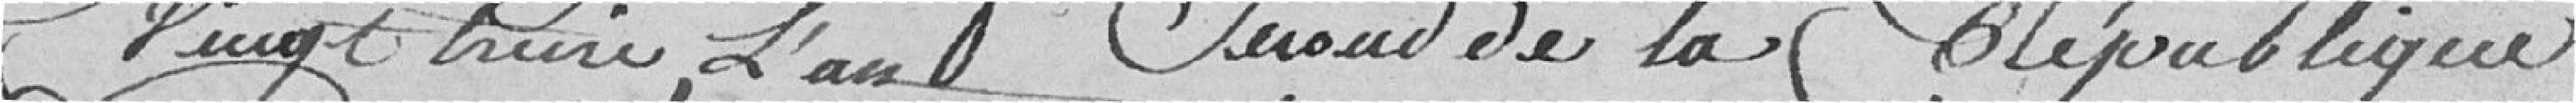
vingt treize, l'an second de la République